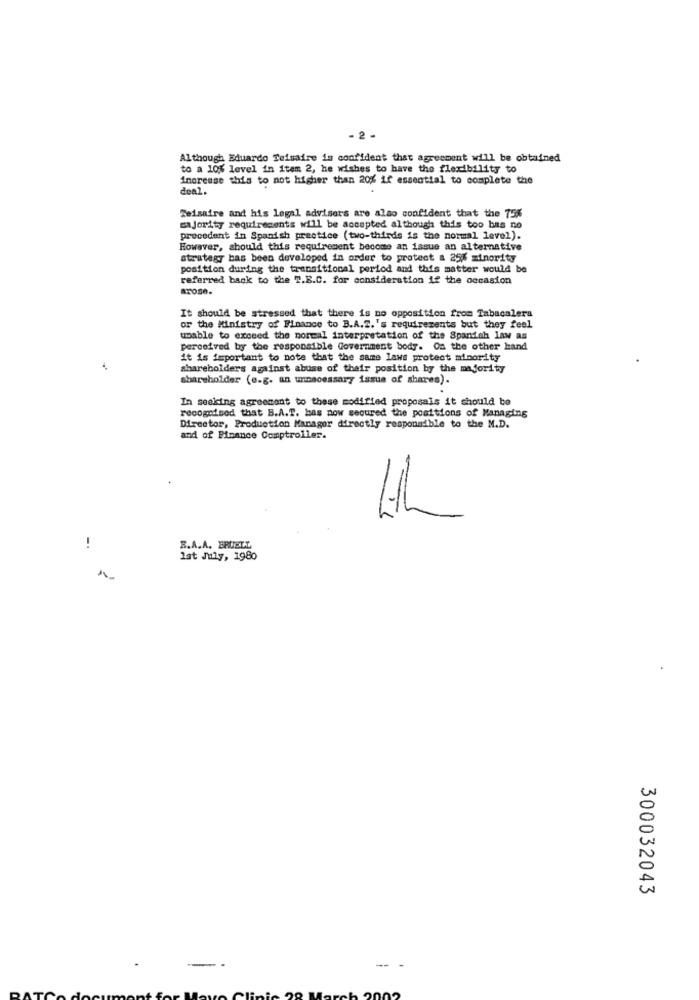
- 2 -
Although Eduardo Teisaire is confident that agreement will be obtained
to a 10% level in item 2, he wishes to have the flexibility to
increase this to not higher than 20% if essential to complete the
deal
Teisaire and his legal advisors are also confident that the 75%
majority requirements will be accepted although this too has no
precedent in Spanish practice (two-thirds is the normal level).
However, should this requirement become an issue an alternative
strategy bas been developed in order to protect & 25% minority
position during the transitional period and this matter would be
referred back to the T.B.C. for consideration if the occasion
It should be stressed that there is no opposition from Tabacalera
or the Ministry of Finance to B.A.Z.'s requirements but they feel
unable to exceed the normal interpretation of the Spanish law as
perceived by the responsible Government body. On the other hand
it is important to note that the same laws protect minority
shareholders against abuse of their position by the majority
shareholder (e.g. an unnecessary issue of shares).
In seeking agreement to these modified proposals it should be
recognised that B.A.T. has now secured the positions of Managing
Director, Production Manager directly responsible to the M.D.
and of Finance Comptroller.
!
B.A.A. ERDELL
1st July, 1980
300032043
-- -